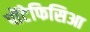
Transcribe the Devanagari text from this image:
पोंटेफिसिआ